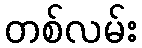
တစ်လမ်း